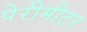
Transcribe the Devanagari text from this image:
पेरीमीटर